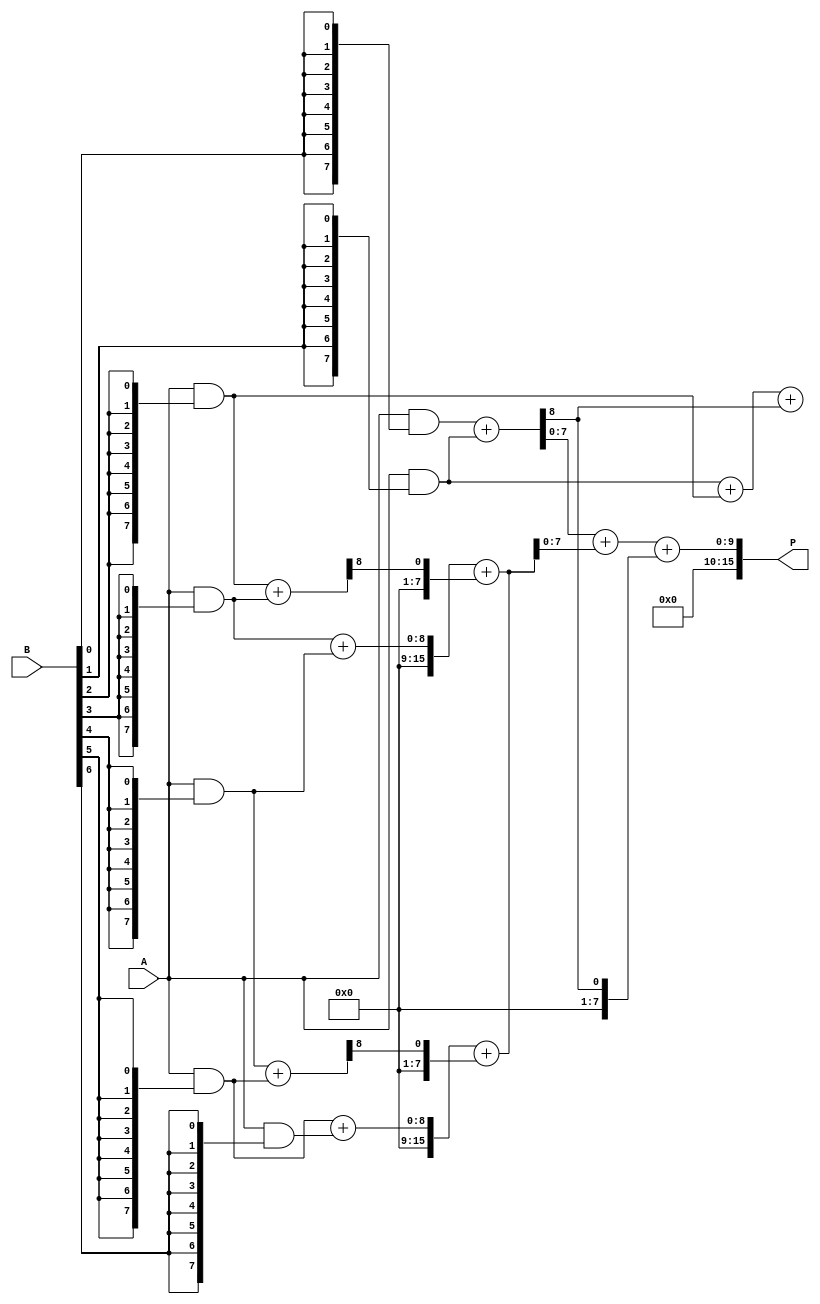
module WallaceTreeMultiplier #(parameter N = 8) (
    input  wire [N-1:0] A,
    input  wire [N-1:0] B,
    output wire [2*N-1:0] P
);

    // Partial product generation
    wire [N-1:0] pp [0:N-1]; // Partial products
    genvar i, j;
    generate
        for (i = 0; i < N; i = i + 1) begin : gen_partial_products
            assign pp[i] = A & {N{B[i]}};
        end
    endgenerate

    // Wallace tree reduction
    wire [N-1:0] sum [0:N-1]; // Sums at each stage
    wire [N-1:0] carry [0:N-1]; // Carries at each stage
    wire [N-1:0] temp_sum, temp_carry;

    // Stage 1: Combine partial products using half adders and full adders
    generate
        for (i = 0; i < N-1; i = i + 1) begin : stage1
            if (i % 2 == 0) begin
                // Half adder for even indexed bits
                assign {carry[i], sum[i]} = pp[i] + pp[i+1];
            end else begin
                // Full adder for odd indexed bits
                assign {temp_carry, temp_sum} = pp[i] + pp[i+1] + carry[i-1];
                assign carry[i] = temp_carry;
                assign sum[i] = temp_sum;
            end
        end
    endgenerate

    // Stage 2: Further reduction
    // This stage can be repeated as necessary to reduce the number of rows
    // Here we assume a simple case for demonstration
    wire [N-1:0] final_sum, final_carry;
    assign {final_carry, final_sum} = sum[0] + sum[1] + carry[0];

    // Final addition to produce the product
    assign P = {final_carry, final_sum};

endmodule